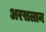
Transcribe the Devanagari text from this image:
अरसलान